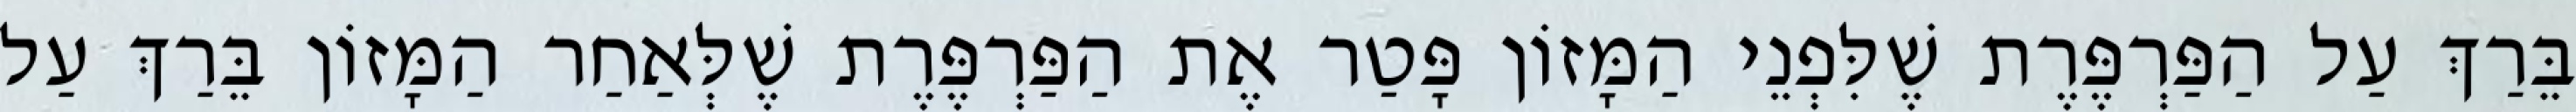
בֵּרַךְ עַל הַפַּרְפֶּרֶת שֶׁלִּפְנֵי הַמָּזוֹן פָּטַר אֶת הַפַּרְפֶּרֶת שֶׁלְּאַחַר הַמָּזוֹן בֵּרַךְ עַל